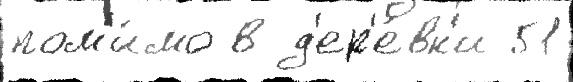
пом'и́мо в д'ер'е́вн'и 51